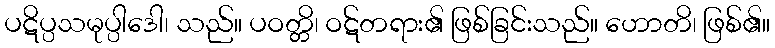
ပဋိပ္ပသမုပ္ပါဒေါ၊ သည်။ ပဝတ္တိ၊ ဝဋ်တရား၏ ဖြစ်ခြင်းသည်။ ဟောတိ၊ ဖြစ်၏။